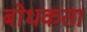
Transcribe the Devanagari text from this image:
बोधकता